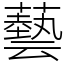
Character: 藝